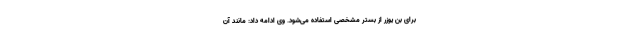
برای بن یوزر از بستر مشخصی استفاده می‌شود. وی ادامه داد: مانند آن